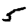
Digit: 5